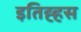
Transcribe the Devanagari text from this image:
इतिह्हस